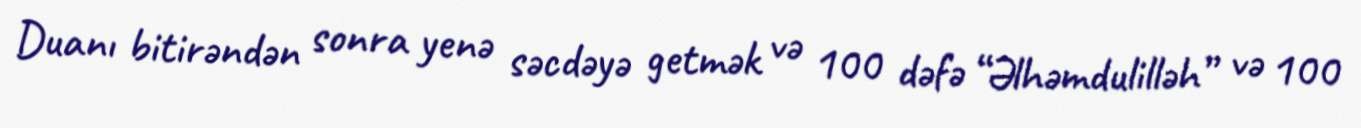
Duanı bitirəndən sonra yenə səcdəyə getmək və 100 dəfə “Əlhəmdulilləh” və 100